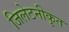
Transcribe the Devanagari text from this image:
जिलेटनीकृत